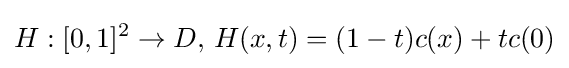
H:[0,1]^{2}\to D,\,H(x,t)=(1-t)c(x)+tc(0)